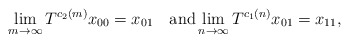
\begin{align*}\lim_{m\to\infty}T^{c_2(m)}x_{00}=x_{01} \quad\textup{and}\lim_{n\to\infty}T^{c_1(n)}x_{01}=x_{11},\end{align*}